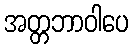
အတ္တဘာဝါပေ